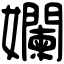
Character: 孄